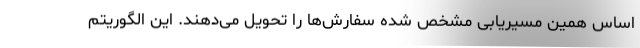
اساس همین مسیریابی مشخص شده سفارش‌ها را تحویل می‌دهند. این الگوریتم